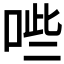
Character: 𭈐